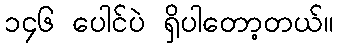
၁၄၆ ပေါင်ပဲ ရှိပါတော့တယ်။